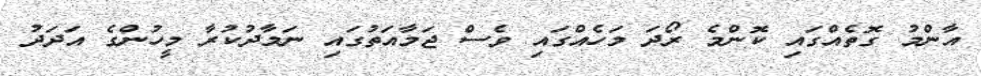
އާންމު ގޮތެއްގައި ކޮންމެ ރޯދަ މަހެއްގައި ވެސް ޖަމާއަތުގައި ނަމާދުކުރާ މީހުންގެ އަދަދު